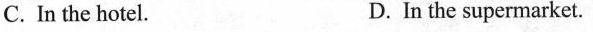
C. In the hotel. D. In the supermarket.